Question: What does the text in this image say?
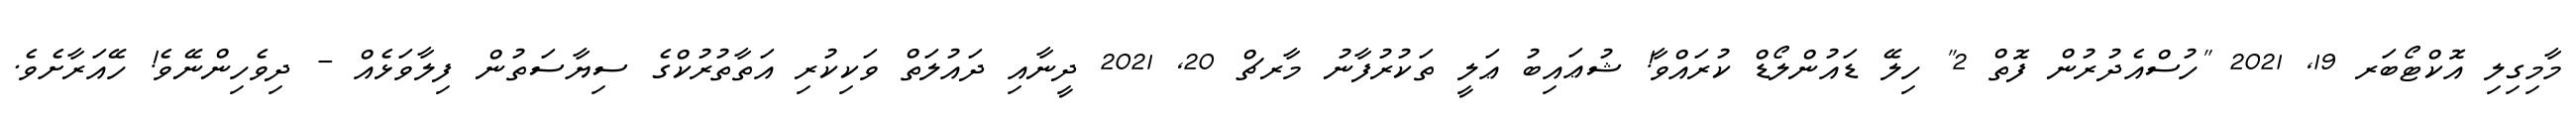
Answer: މާމިގިލި އޮކްޓޯބަރ 19, 2021 "ހުސްއެދުރުން ފޮތް 2" ހިލޭ ޑައުންލޯޑް ކުރައްވާ! ޝުޢައިބު ޢަލީ ތަކުރުފާނު މާރޗް 20, 2021 ދީނާއި ދައުލަތް ވަކިކުރި އަތާތުރުކްގެ ސިޔާސަތުން ފިލާވަޅެއް - ދިވެހިންނޭވެ! ހޭއަރާށެވެ.